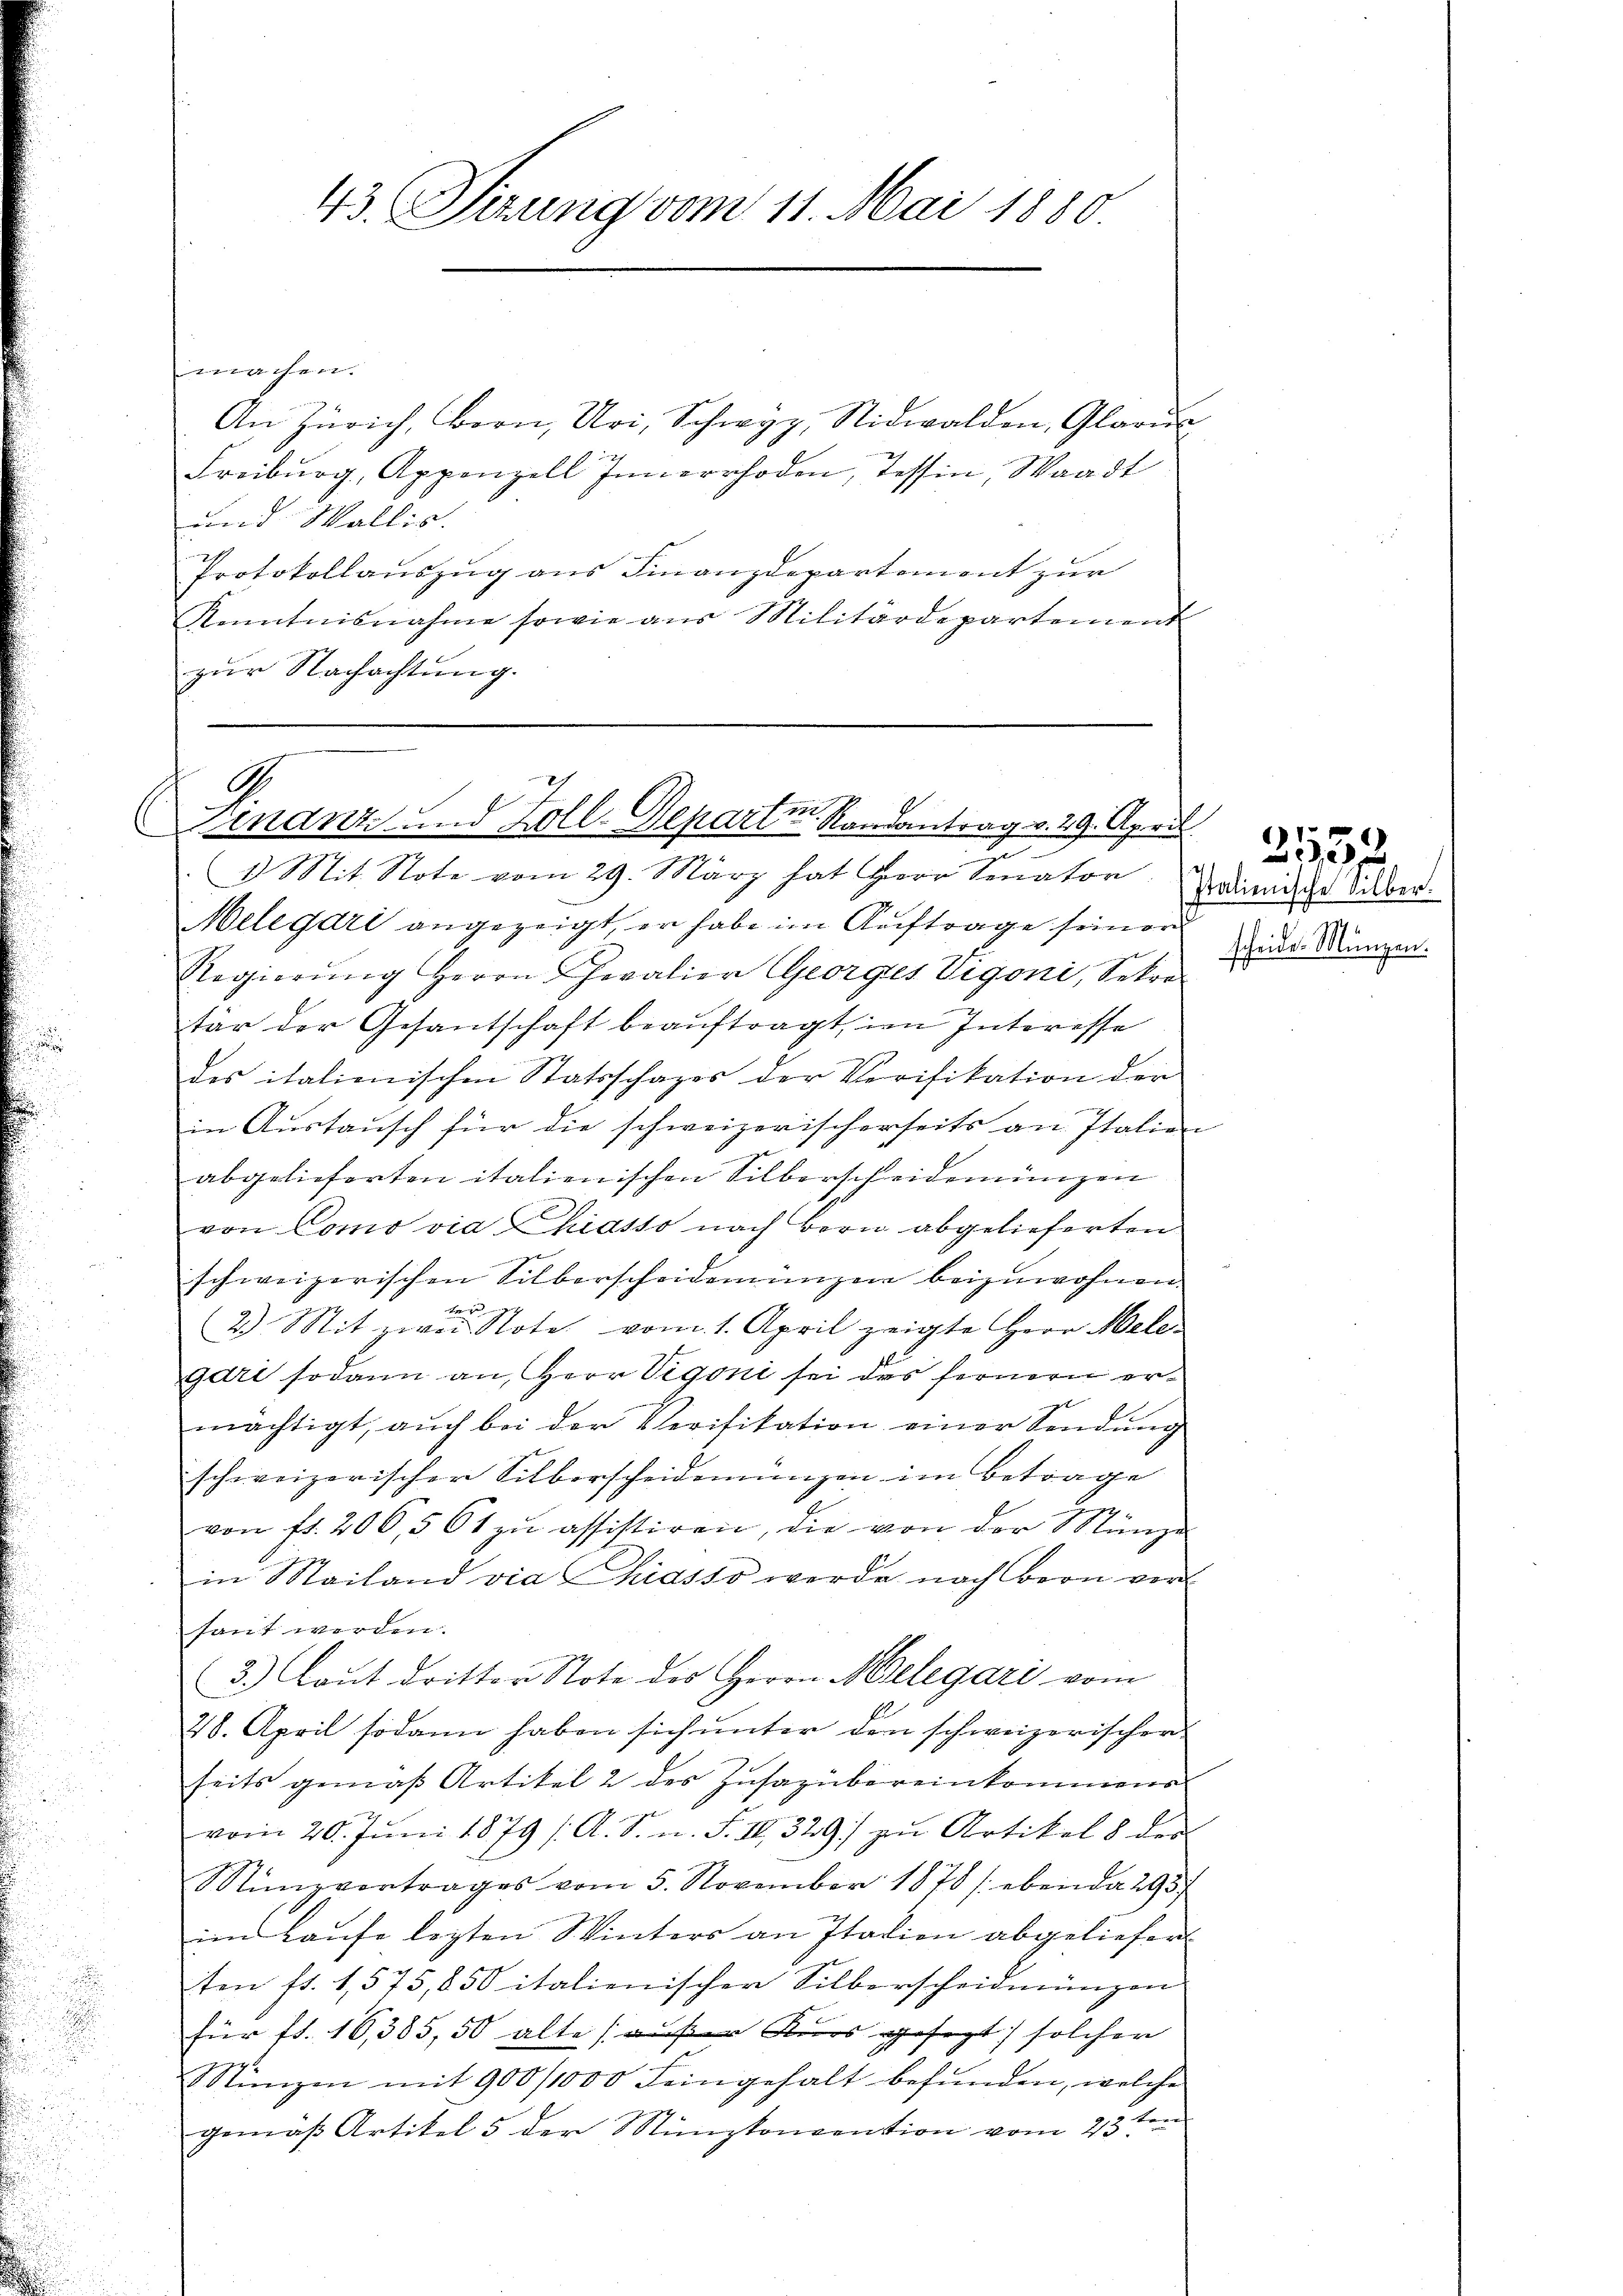
.
i
.

machen.
und Wallis.
Protokollauszug aus Finanzdepartement zur
Kenntnisnahme sowie aus Militärdepartement
zŭr Nachachtung.

43. Sierung vom 11. Mai 1880

An Zürich, Bern, Uri, Schwyz, Nidwalden, Glarus
Freiburg, Appenzell Innerrhoden, Tessin, Waadt

Ge
inanz und Zoll-Departe. Randantrag v. 29. April.
.
d Mit Stote vom 29. März hat Herr Senator

Melegari angezeigt, er habe im Auftrage seiner
Regierŭng Herrn Chevalier Georges Vigoni, Sekre
tär der Gesantschaft beauftragt, im Interesse
des italienischen Statsschafes der Verifikation der
in Austausch für die schweizerischerseits an Italien
abgelieferten italienischen Silberscheidemünzen
von Comovia Chiasso nach Bern abgelieferten
schweizerischen Silberscheidemünzen beizuwohnen.
kan
2.) Mit zwei Note vom 1. April zeigte Herr Mele-
gari sodann an, Herr Vigoni sei des fernern ermächtigt, aŭch bei der Verifikation einer Sendung
schweizerischer Silberscheidenungen im Betrage
von fr. 206,561 zu assistiren, die von der Münze
in Mailand via Chiasso werde nach Bern ver-
faut werden.
3.) Laut dritter Note des Herrn Belegari vom
28. April sodann haben sich unter den schweizerischer
seits gemäß Artikel 2 des Zusazübereinkommens
vom 20. Jŭni 1879 /A. S. n. F. III 329) zu Artikel 8 des
Sünzvortrages vom 5. November 1878 / ebenda 295
im Hause lezten Winters an Italien abgeliefert
ten fr. 1575,850 italienischer Silberscheidmünzen
für fl. 16,385, 50 alte außer Kurs gesezt solcher
Münzen mit 900/1000 Feingehalt befunden, welche
gemäß Artikel 5 der Münzkonvention vom 23 ten

Italienische Silber.
scheide. Münzen.

2552.